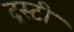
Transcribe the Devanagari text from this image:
द्रस्टी